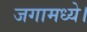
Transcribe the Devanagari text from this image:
जगामध्ये।